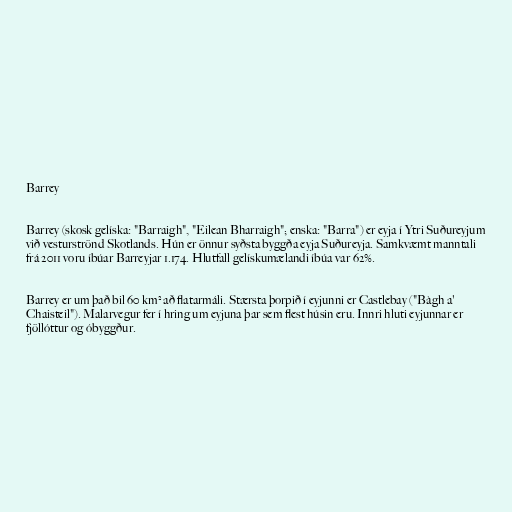
Barrey

Barrey (skosk gelíska: "Barraigh", "Eilean Bharraigh"; enska: "Barra") er eyja í Ytri Suðureyjum
við vesturströnd Skotlands. Hún er önnur syðsta byggða eyja Suðureyja. Samkvæmt manntali
frá 2011 voru íbúar Barreyjar 1.174. Hlutfall gelískumælandi íbúa var 62%.

Barrey er um það bil 60 km² að flatarmáli. Stærsta þorpið í eyjunni er Castlebay ("Bàgh a'
Chaisteil"). Malarvegur fer í hring um eyjuna þar sem flest húsin eru. Innri hluti eyjunnar er
fjöllóttur og óbyggður.